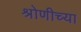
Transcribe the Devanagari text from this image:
श्रोणीच्या